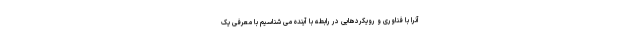
آنرا با فناوری و رویکردهایی در رابطه با آینده می شناسیم با معرفی یک